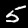
Digit: 5